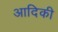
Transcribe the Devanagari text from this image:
आदिकी